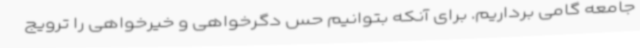
جامعه گامی برداریم. برای آنکه بتوانیم حس دگرخواهی و خیرخواهی را ترویج